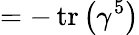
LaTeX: =-\operatorname{tr}\left(\gamma^{5}\right)